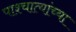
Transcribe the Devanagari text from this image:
पाश्चात्यांच्या